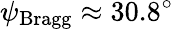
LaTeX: \psi_{\mathrm{Bragg}}\approx 30.8^{\circ}